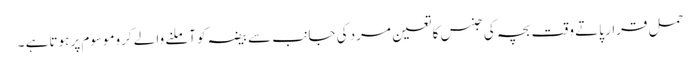
حمل قرار پاتے وقت بچہ کی جنس کا تعین مرد کی جانب سے بیضہ کو آملنے والے کروموسوم پر ہوتاہے ۔